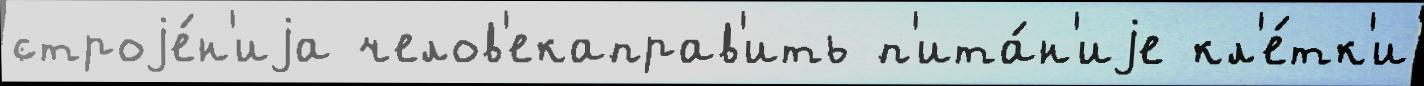
строjе́н'иjа челов'екаправ'ить п'ита́н'иjе кл'е́тк'и